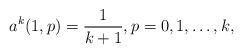
LaTeX: \begin{align*} a^k(1,p) = \frac1{k+1}, p=0,1,\dots,k,\end{align*}